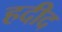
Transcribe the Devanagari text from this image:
हदीद